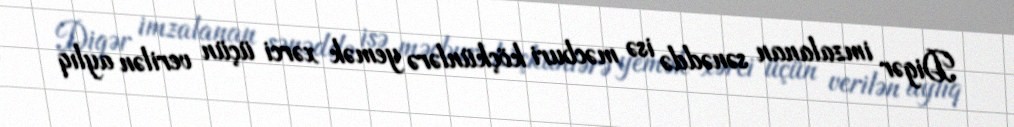
Digər imzalanan sənəddə isə məcburi köçkünlərə yemək xərci üçün verilən aylıq